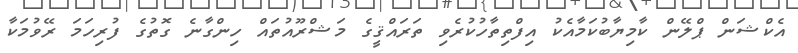
އެކްޝަން ޕްލޭން ކާމިޔާބުކަމާއެކު އިފްތިތާހުކުރެވި ތަރައްޤީގެ މަޝްރޫއުތައް ހިންގާނެ ގޮތުގެ ފުރިހަމަ ރޭވުމަކާ